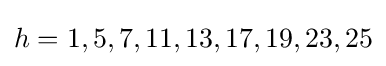
h=1,5,7,11,13,17,19,23,25